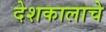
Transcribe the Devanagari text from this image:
देशकालाचे